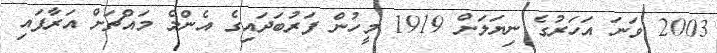
2003 ވަނަ އަހަރުގެ ނިޔަލަށް 1919 މީހުން ފަރުބަދައިގެ އެންމެ މައްޗަށް އަރާފައި